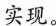
实现。